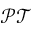
\mathcal { P T }